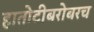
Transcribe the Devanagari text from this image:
हातोटीबरोबरच